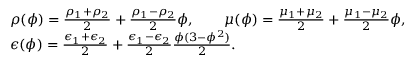
\begin{array} { r l } & { \rho ( \phi ) = \frac { \rho _ { 1 } + \rho _ { 2 } } { 2 } + \frac { \rho _ { 1 } - \rho _ { 2 } } { 2 } \phi , \qquad \mu ( \phi ) = \frac { \mu _ { 1 } + \mu _ { 2 } } { 2 } + \frac { \mu _ { 1 } - \mu _ { 2 } } { 2 } \phi , } \\ & { \epsilon ( \phi ) = \frac { \epsilon _ { 1 } + \epsilon _ { 2 } } { 2 } + \frac { \epsilon _ { 1 } - \epsilon _ { 2 } } { 2 } \frac { \phi ( 3 - \phi ^ { 2 } ) } { 2 } . } \end{array}